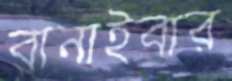
বানাইবার